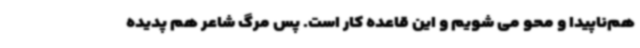
هم‌ناپیدا و محو می شویم و این قاعده کار است. پس مرگ شاعر هم پدیده